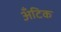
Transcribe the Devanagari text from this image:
अँटिक